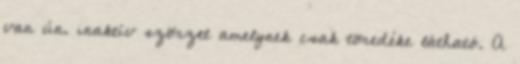
van ún. inaktív szörzet amelynek csak töredéke látható. A